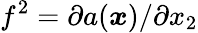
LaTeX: f^{2}=\partial a(\boldsymbol x)/\partial x_{2}